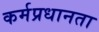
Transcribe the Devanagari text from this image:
कर्मप्रधानता